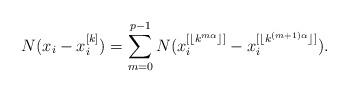
LaTeX: \begin{align*} N(x_i-x_{i}^{[k]})=\sum_{m=0}^{p-1}N(x_i^{[\lfloor k^{m\alpha}\rfloor ]}-x_i^{[\lfloor k^{(m+1)\alpha}\rfloor ]}).\end{align*}